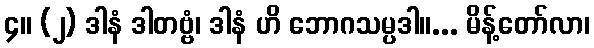
၄။ (၂) ဒါနံ ဒါတဗ္ဗံ၊ ဒါနံ ဟိ ဘောဂသမ္ပဒါ။... မိန့်တော်လာ၊